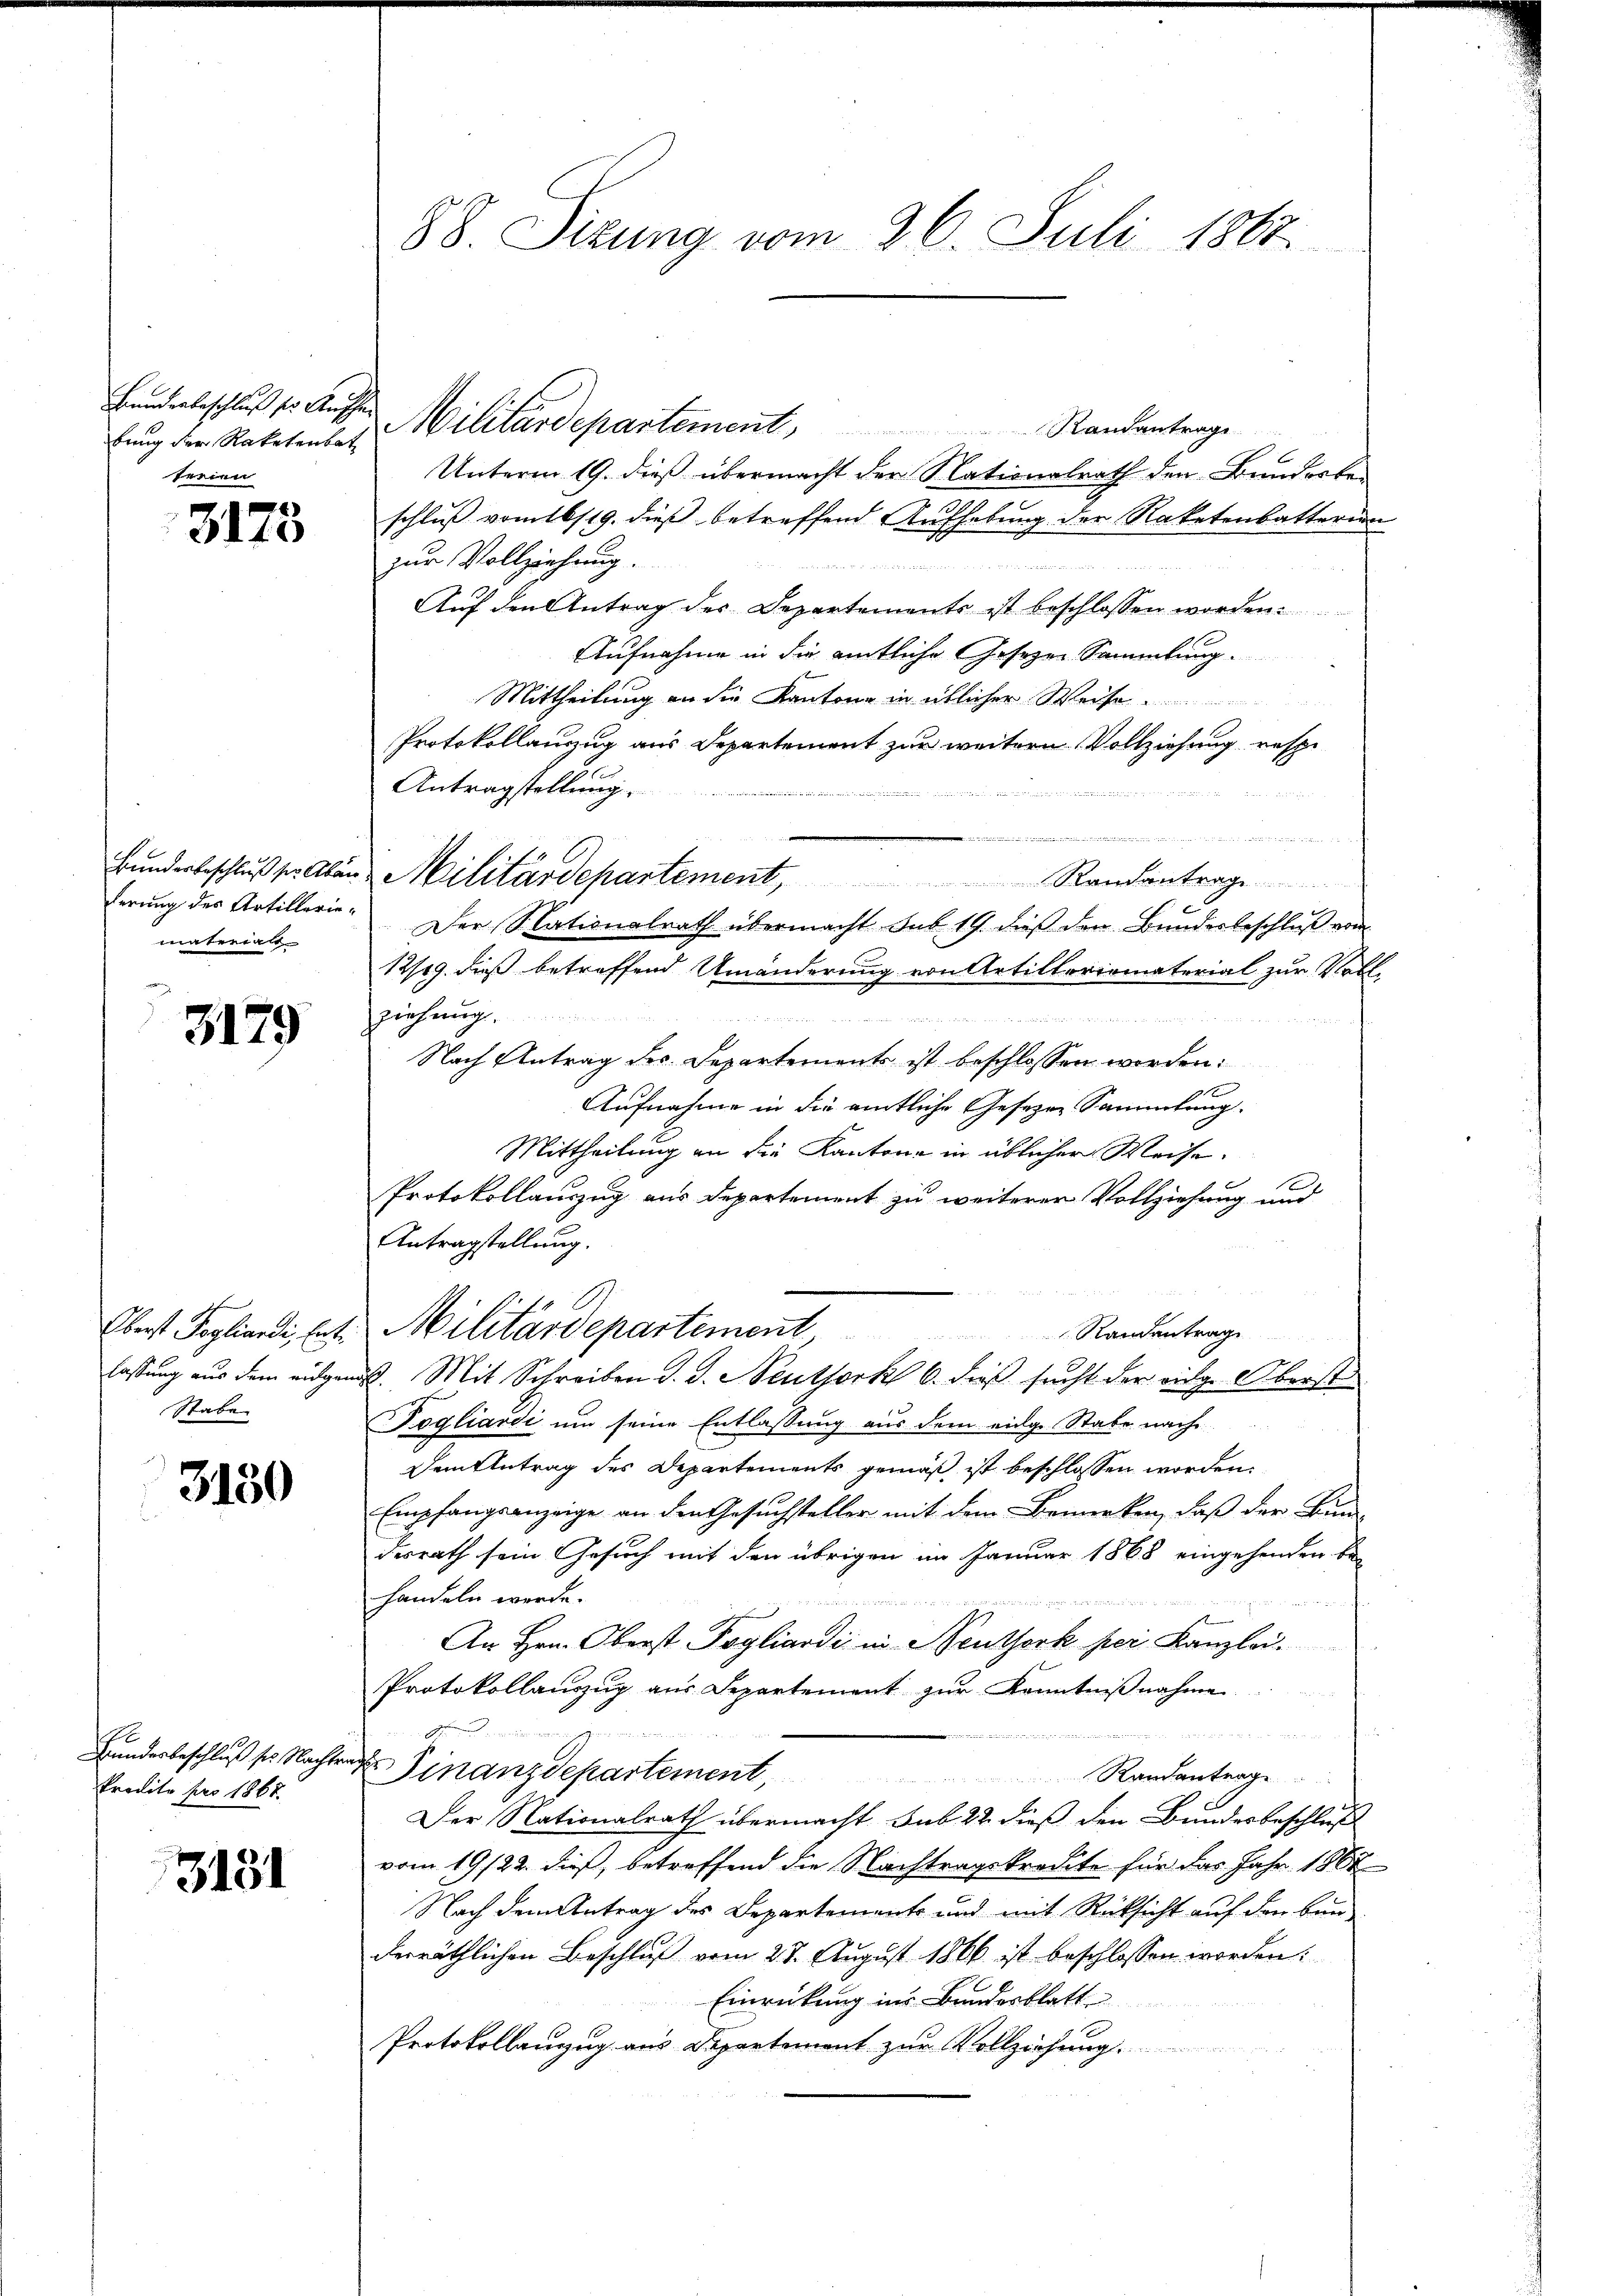
bung der Raketenbat
terien

3173

materials

3179

Stabe

3150

Bunderbeschluß ses Nachtr
Predito pro 1867.

3181

88. Sizung vom 26. Juli 1867.

Banderbeschlusser Ausser Militärdepartement Randantrage
Unterm 19. dieß übermacht der Nationalrath den Bunderbeschluß vom 16/19. dieß betreffend Aufhebung der Raketenbatterien
zur Vollziehung.

Auf den Antrag der Departements ist beschlossen worden.
Aufnahme in die amtliche Gesetzen Sammlung.
Mittheilung an die Kantone in üblicher Weise.
Protokollanzzug aus Departement zur weitern Vollziehung respe
Antragstellung.
 18
  .
Bundesbeschlusser Aber Militärdepartement, Randantrage
12/19. dieß betreffend Umänderung von Artilleriomaterial zur Vollziehung.
2 Fr. 25 2
Nach Antrag des Departements ist beschlossen worden:
1
Aufnahme in die amtliche Gesezen Sammlung.
Mittheilung an die Kantone in üblicher Weise.
Protokollauszug aus Departement zu weiterer Vollziehung und
Antragstellung.
Ebert Topliendi, lit. Militärdepartement,
Randentrage
Fassung aus dem eidgenöß. Mit Schreiben d. J. Neuthork 6. dieß sucht der eidg. Oberst
Fogliardi um seine Entlassung aus dem eidge Stabe nach
Dem Antrag des Departements gemäß ist beschlossen worden.
Empfangsanzeige an den Gesuchsteller mit dem Bemerken, daß der Bun-
desrath sein Gesuch mit den übrigen im Januar 1868 eingehenden be-
handeln werde.

An Hrn. Oberst Pogliardi in Neuthork per Kanzlei.
Protokollanzŭg aŭs Departement zŭr Kenntniβnahme.

 Finanzdepartement,
Randantrag
Der Nationalrath übermacht sub 22 dieß den Bundesbeschluß
vom 19/22. dieß, betreffend die Nachtragskredite für das Jahr 1867
Nach dem Antrag des Departement und mit Rücksicht auf den bun
derräthlichen Beschluß vom 23. August 1866 ist beschlossen worden:
Einrückung ins Bundesblatt
Protokollanzug aus Departement zur Vollziehung.

ferung des Artillerie. Der Nationalrath übermacht sub 19. dieß den Bundesbeschluß vom